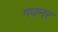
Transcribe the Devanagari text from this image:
गवनर